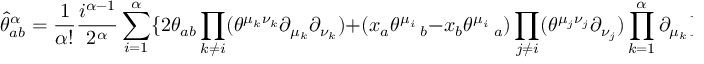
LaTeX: \widehat { \theta } _ { a b } ^ { \alpha } = \frac { 1 } { \alpha ! } \frac { i ^ { \alpha - 1 } } { 2 ^ { \alpha } } \sum _ { i = 1 } ^ { \alpha } \{ 2 \theta _ { a b } \prod _ { k \ne i } ( \theta ^ { \mu _ { k } \nu _ { k } } \partial _ { \mu _ { k } } \partial _ { \nu _ { k } } ) + ( x _ { a } \theta ^ { \mu _ { i } } \, _ { b } - x _ { b } \theta ^ { \mu _ { i } } \, _ { a } ) \prod _ { j \ne i } ( \theta ^ { \mu _ { j } \nu _ { j } } \partial _ { \nu _ { j } } ) \prod _ { k = 1 } ^ { \alpha } \partial _ { \mu _ { k } } \} .